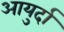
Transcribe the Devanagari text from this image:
आयुर्दा